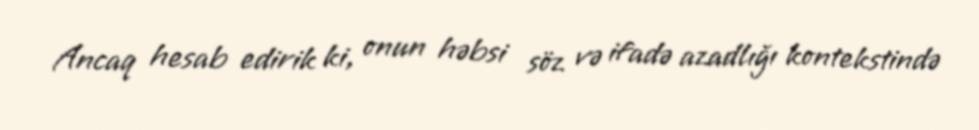
Ancaq hesab edirik ki, onun həbsi söz və ifadə azadlığı kontekstində